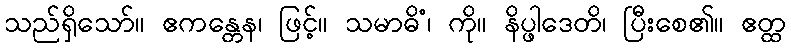
သည်ရှိသော်။ ဧကန္တေန၊ ဖြင့်။ သမာဓိံ၊ ကို။ နိပ္ဖါဒေတိ၊ ပြီးစေ၏။ ဧတ္ထ